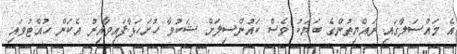
އެ މައްސަލާގައި ރައްޔިތުންގެ ބަޔަކު ވެސް ކައުންސިލަށް ޝަކުވާ ހުށަހަޅާފައިވާއިރު އެކަން ހުއްޓުވައި